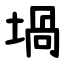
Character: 堝